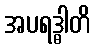
အပရဒ္ဓါတိ